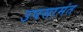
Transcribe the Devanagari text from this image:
उपसामंत